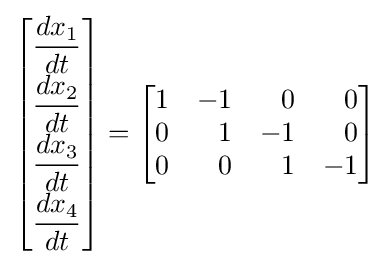
{\begin{bmatrix}{\dfrac {dx_{1}}{dt}}\\[4pt]{\dfrac {dx_{2}}{dt}}\\[4pt]{\dfrac {dx_{3}}{dt}}\\[4pt]{\dfrac {dx_{4}}{dt}}\\[4pt]\end{bmatrix}}={\begin{bmatrix}1&-1&{\phantom {+}}0&{\phantom {+}}0\\0&{\phantom {+}}1&-1&{\phantom {+}}0\\0&{\phantom {+}}0&{\phantom {+}}1&-1\\\end{bmatrix}}